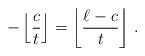
LaTeX: \begin{align*}-\left\lfloor \frac{c}{t}\right\rfloor =\left\lfloor \frac{\ell -c}{t}\right\rfloor \, .\end{align*}